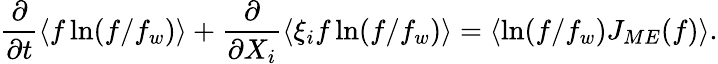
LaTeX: \frac{\partial}{\partial t}\langle f\ln(f/f_{w})\rangle+\frac{\partial}{\partial X_{i}}\langle\xi_{i}f\ln(f/f_{w})\rangle=\langle\ln(f/f_{w})J_{ME}(f)\rangle.